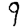
Digit: 9